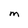
Character: M